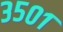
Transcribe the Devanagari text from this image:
३५०१